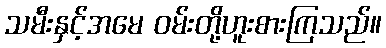
သမီးနှင့်အမေ ဝမ်းတို့ဟူးစားကြသည်။